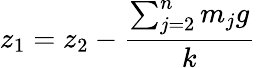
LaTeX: z_{1}=z_{2}-\frac{\sum_{j=2}^{n}m_{j}g}{k}